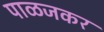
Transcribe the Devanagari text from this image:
पाळजकर